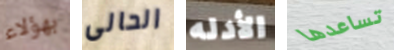
بهؤلاء الحالى الأدله تساعدها